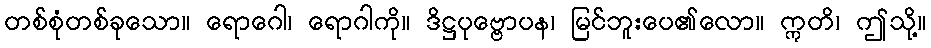
တစ်စုံတစ်ခုသော။ ရောဂေါ၊ ရောဂါကို။ ဒိဋ္ဌပုဗ္ဗောပန၊ မြင်ဘူးပေ၏လော။ ဣတိ၊ ဤသို့။